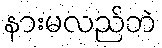
နားမလည်ဘဲ